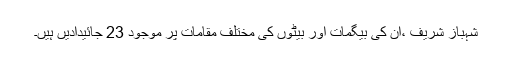
شہباز شریف ،ان کی بیگمات اور بیٹوں کی مختلف مقامات پر موجود 23 جائیدادیں ہیں۔